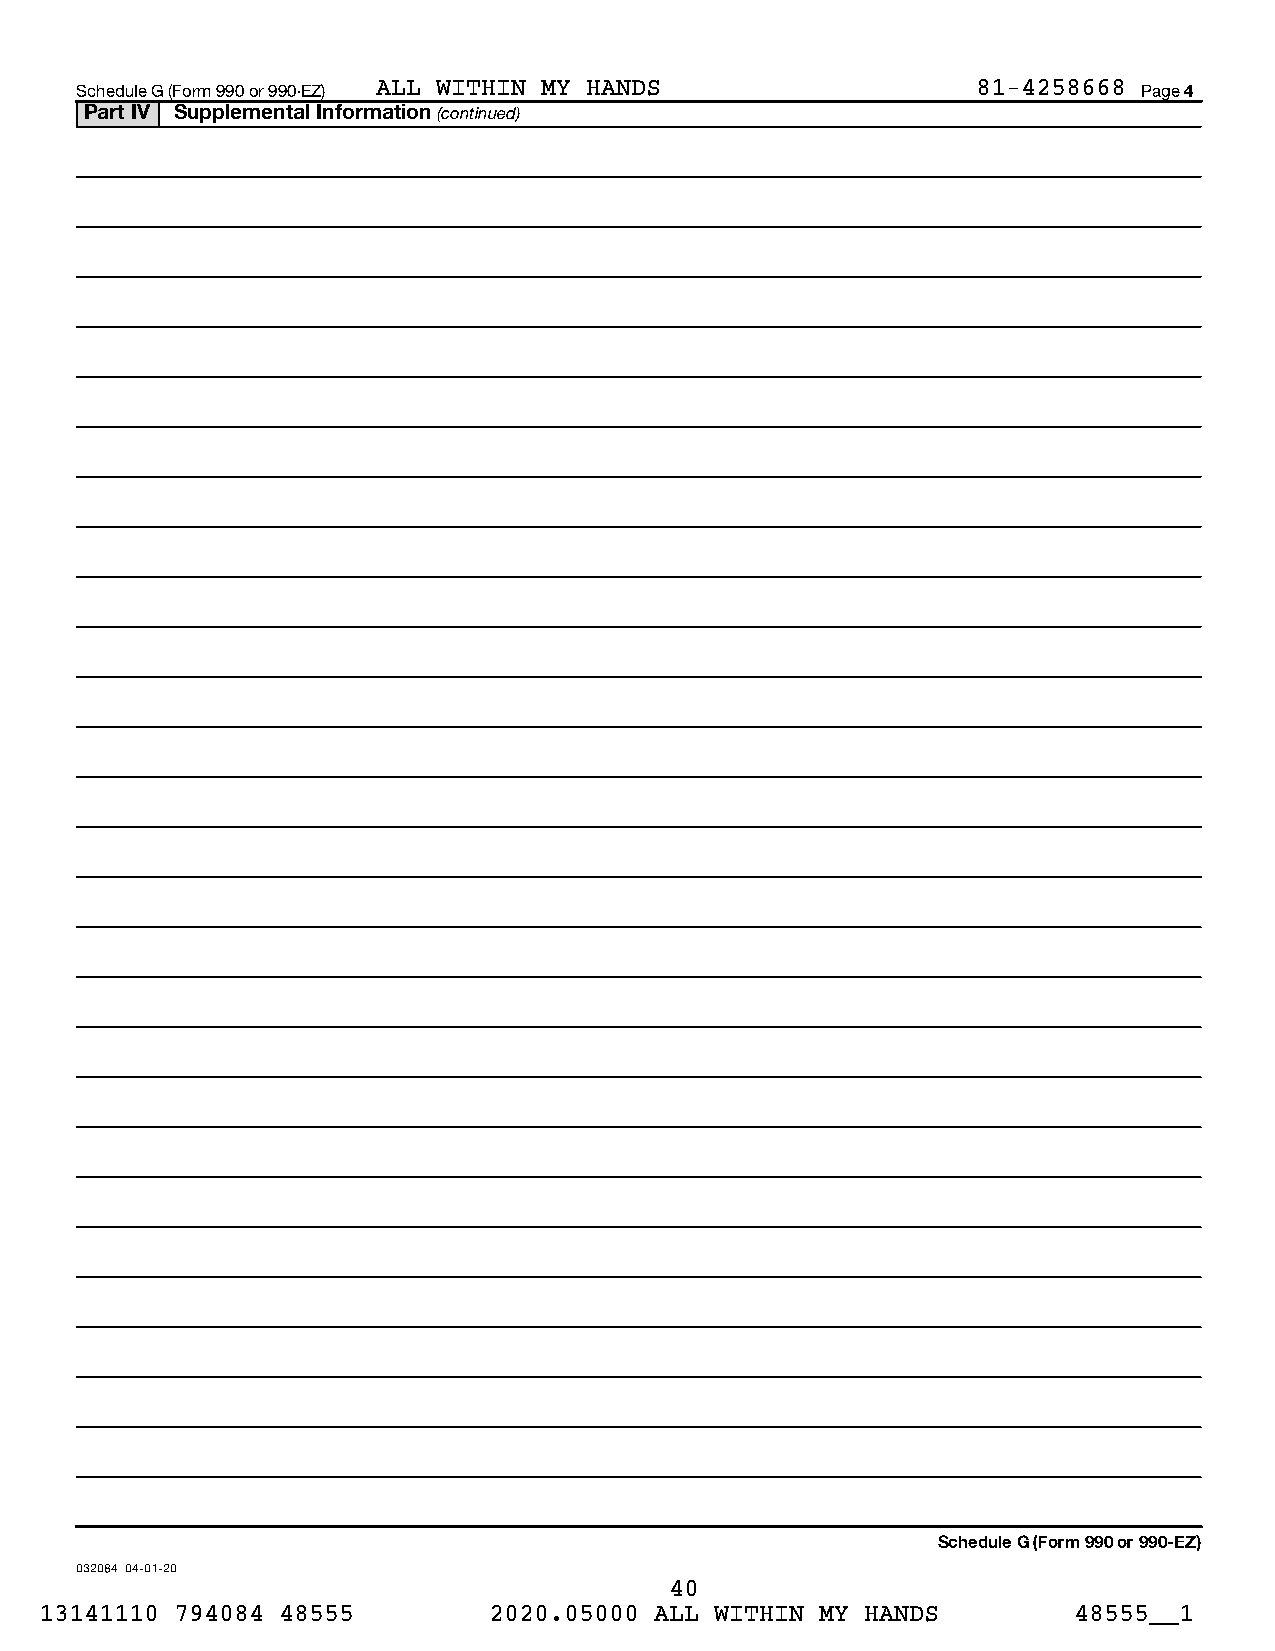
Schedule G (Form 990 or 990-EZ) ALL WITHIN MY HANDS         81-4258668 Page 4
 Part IV Supplemental Information (continued)
 Schedule G (Form 990 or 990-EZ)
 032084 04-01-20
 40
 13141110 794084 48555        2020.05000 ALL WITHIN MY HANDS         48555__1